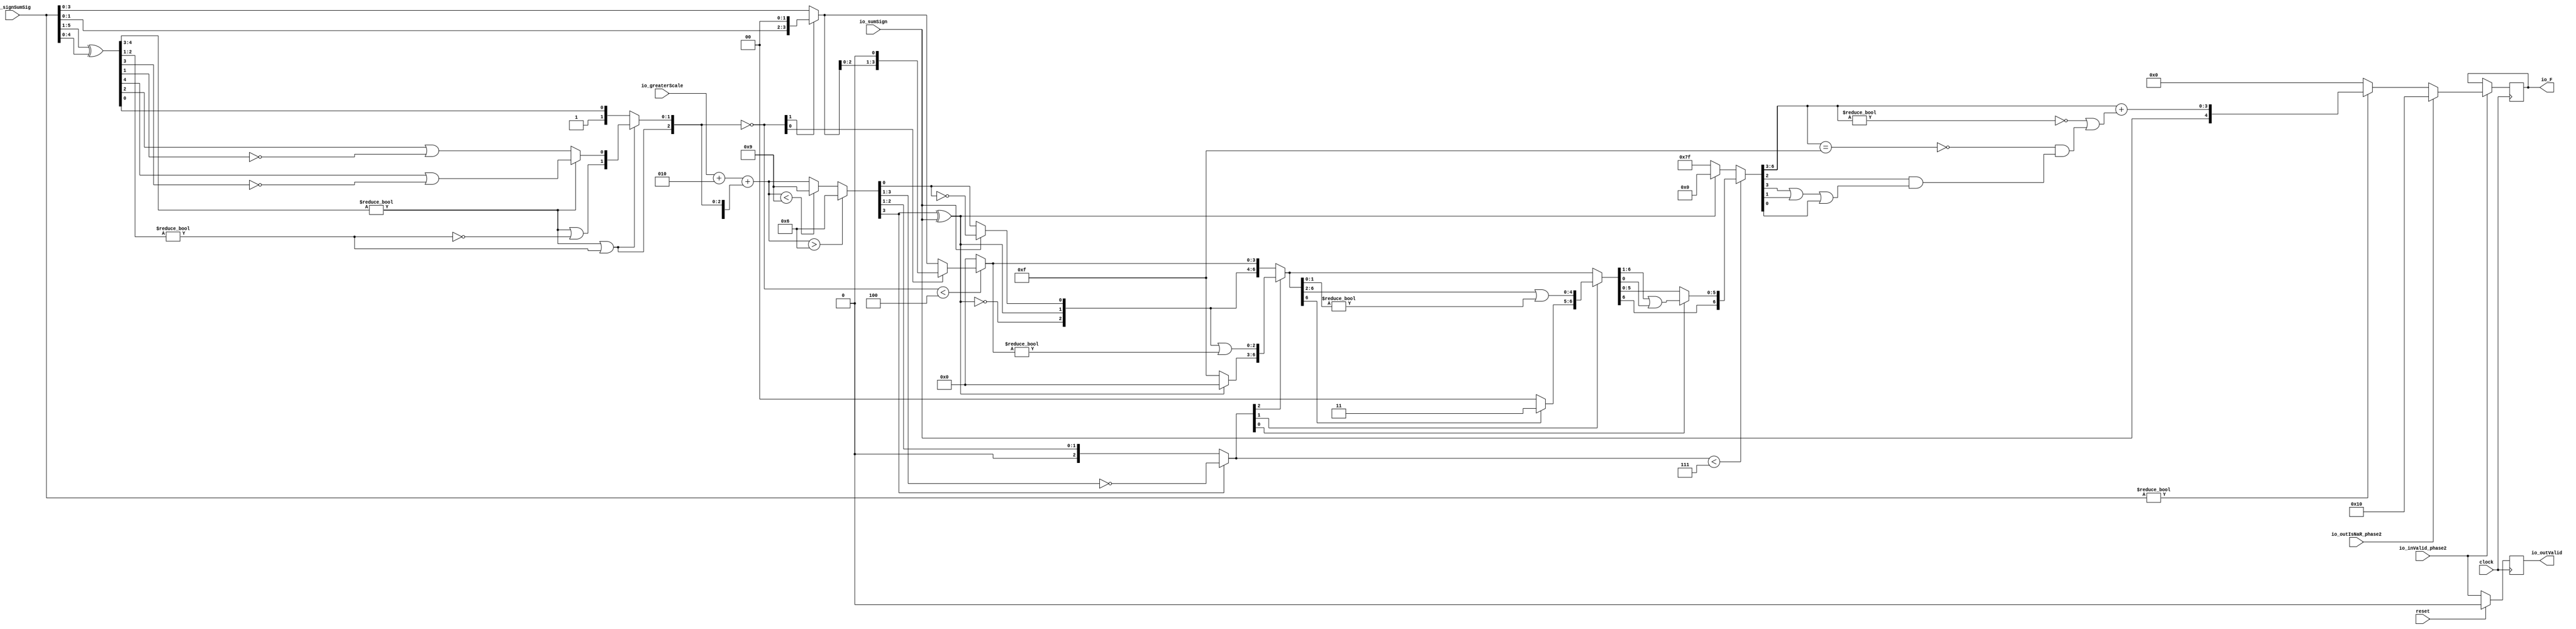
module FMAEnc5_1(
  input        clock,
  input        reset,
  input        io_inValid_phase2,
  input  [5:0] io_signSumSig,
  input        io_sumSign,
  input  [3:0] io_greaterScale,
  input        io_outIsNaR_phase2,
  output [4:0] io_F,
  output       io_outValid
);
  wire [4:0] _T; // @[FMAEnc.scala 35:36]
  wire [4:0] _T_1; // @[FMAEnc.scala 35:74]
  wire [4:0] sumXor; // @[FMAEnc.scala 35:54]
  wire [3:0] _T_2; // @[LZD.scala 43:32]
  wire [1:0] _T_3; // @[LZD.scala 43:32]
  wire  _T_4; // @[LZD.scala 39:14]
  wire  _T_5; // @[LZD.scala 39:21]
  wire  _T_6; // @[LZD.scala 39:30]
  wire  _T_7; // @[LZD.scala 39:27]
  wire  _T_8; // @[LZD.scala 39:25]
  wire [1:0] _T_9; // @[Cat.scala 29:58]
  wire [1:0] _T_10; // @[LZD.scala 44:32]
  wire  _T_11; // @[LZD.scala 39:14]
  wire  _T_12; // @[LZD.scala 39:21]
  wire  _T_13; // @[LZD.scala 39:30]
  wire  _T_14; // @[LZD.scala 39:27]
  wire  _T_15; // @[LZD.scala 39:25]
  wire [1:0] _T_16; // @[Cat.scala 29:58]
  wire  _T_17; // @[Shift.scala 12:21]
  wire  _T_18; // @[Shift.scala 12:21]
  wire  _T_19; // @[LZD.scala 49:16]
  wire  _T_20; // @[LZD.scala 49:27]
  wire  _T_21; // @[LZD.scala 49:25]
  wire  _T_22; // @[LZD.scala 49:47]
  wire  _T_23; // @[LZD.scala 49:59]
  wire  _T_24; // @[LZD.scala 49:35]
  wire [2:0] _T_26; // @[Cat.scala 29:58]
  wire  _T_27; // @[LZD.scala 44:32]
  wire  _T_29; // @[Shift.scala 12:21]
  wire [1:0] _T_31; // @[Cat.scala 29:58]
  wire [1:0] _T_32; // @[LZD.scala 55:32]
  wire [1:0] _T_33; // @[LZD.scala 55:20]
  wire [2:0] sumLZD; // @[Cat.scala 29:58]
  wire [2:0] shiftValue; // @[FMAEnc.scala 37:24]
  wire [3:0] _T_34; // @[FMAEnc.scala 38:41]
  wire  _T_35; // @[Shift.scala 16:24]
  wire [1:0] _T_36; // @[Shift.scala 17:37]
  wire  _T_37; // @[Shift.scala 12:21]
  wire [1:0] _T_38; // @[Shift.scala 64:52]
  wire [3:0] _T_40; // @[Cat.scala 29:58]
  wire [3:0] _T_41; // @[Shift.scala 64:27]
  wire  _T_42; // @[Shift.scala 66:70]
  wire [2:0] _T_44; // @[Shift.scala 64:52]
  wire [3:0] _T_45; // @[Cat.scala 29:58]
  wire [3:0] _T_46; // @[Shift.scala 64:27]
  wire [3:0] normalFracTmp; // @[Shift.scala 16:10]
  wire [3:0] _T_48; // @[FMAEnc.scala 41:39]
  wire [3:0] _T_49; // @[FMAEnc.scala 41:39]
  wire [3:0] _T_50; // @[Cat.scala 29:58]
  wire [3:0] _T_51; // @[FMAEnc.scala 41:64]
  wire [3:0] _T_53; // @[FMAEnc.scala 41:45]
  wire [3:0] sumScale; // @[FMAEnc.scala 41:45]
  wire  sumFrac; // @[FMAEnc.scala 42:41]
  wire [2:0] grsTmp; // @[FMAEnc.scala 45:41]
  wire [1:0] _T_54; // @[FMAEnc.scala 48:40]
  wire  _T_55; // @[FMAEnc.scala 48:56]
  wire  underflow; // @[FMAEnc.scala 55:32]
  wire  overflow; // @[FMAEnc.scala 56:32]
  wire  _T_57; // @[FMAEnc.scala 65:35]
  wire  decF_isZero; // @[FMAEnc.scala 65:20]
  wire [3:0] _T_59; // @[Mux.scala 87:16]
  wire [3:0] decF_scale; // @[Mux.scala 87:16]
  wire  _T_61; // @[convert.scala 46:61]
  wire  _T_62; // @[convert.scala 46:52]
  wire  _T_64; // @[convert.scala 46:42]
  wire [2:0] _T_65; // @[convert.scala 48:34]
  wire  _T_66; // @[convert.scala 49:36]
  wire [2:0] _T_68; // @[convert.scala 50:36]
  wire [2:0] _T_69; // @[convert.scala 50:36]
  wire [2:0] _T_70; // @[convert.scala 50:28]
  wire  _T_71; // @[convert.scala 51:31]
  wire  _T_72; // @[convert.scala 52:43]
  wire [6:0] _T_76; // @[Cat.scala 29:58]
  wire [2:0] _T_77; // @[Shift.scala 39:17]
  wire  _T_78; // @[Shift.scala 39:24]
  wire [2:0] _T_80; // @[Shift.scala 90:30]
  wire [3:0] _T_81; // @[Shift.scala 90:48]
  wire  _T_82; // @[Shift.scala 90:57]
  wire [2:0] _GEN_2; // @[Shift.scala 90:39]
  wire [2:0] _T_83; // @[Shift.scala 90:39]
  wire  _T_84; // @[Shift.scala 12:21]
  wire  _T_85; // @[Shift.scala 12:21]
  wire [3:0] _T_87; // @[Bitwise.scala 71:12]
  wire [6:0] _T_88; // @[Cat.scala 29:58]
  wire [6:0] _T_89; // @[Shift.scala 91:22]
  wire [1:0] _T_90; // @[Shift.scala 92:77]
  wire [4:0] _T_91; // @[Shift.scala 90:30]
  wire [1:0] _T_92; // @[Shift.scala 90:48]
  wire  _T_93; // @[Shift.scala 90:57]
  wire [4:0] _GEN_3; // @[Shift.scala 90:39]
  wire [4:0] _T_94; // @[Shift.scala 90:39]
  wire  _T_95; // @[Shift.scala 12:21]
  wire  _T_96; // @[Shift.scala 12:21]
  wire [1:0] _T_98; // @[Bitwise.scala 71:12]
  wire [6:0] _T_99; // @[Cat.scala 29:58]
  wire [6:0] _T_100; // @[Shift.scala 91:22]
  wire  _T_101; // @[Shift.scala 92:77]
  wire [5:0] _T_102; // @[Shift.scala 90:30]
  wire  _T_103; // @[Shift.scala 90:48]
  wire [5:0] _GEN_4; // @[Shift.scala 90:39]
  wire [5:0] _T_105; // @[Shift.scala 90:39]
  wire  _T_107; // @[Shift.scala 12:21]
  wire [6:0] _T_108; // @[Cat.scala 29:58]
  wire [6:0] _T_109; // @[Shift.scala 91:22]
  wire [6:0] _T_112; // @[Bitwise.scala 71:12]
  wire [6:0] _T_113; // @[Shift.scala 39:10]
  wire  _T_114; // @[convert.scala 55:31]
  wire  _T_115; // @[convert.scala 56:31]
  wire  _T_116; // @[convert.scala 57:31]
  wire  _T_117; // @[convert.scala 58:31]
  wire [3:0] _T_118; // @[convert.scala 59:69]
  wire  _T_119; // @[convert.scala 59:81]
  wire  _T_120; // @[convert.scala 59:50]
  wire  _T_122; // @[convert.scala 60:81]
  wire  _T_123; // @[convert.scala 61:44]
  wire  _T_124; // @[convert.scala 61:52]
  wire  _T_125; // @[convert.scala 61:36]
  wire  _T_126; // @[convert.scala 62:63]
  wire  _T_127; // @[convert.scala 62:103]
  wire  _T_128; // @[convert.scala 62:60]
  wire [3:0] _GEN_5; // @[convert.scala 63:56]
  wire [3:0] _T_131; // @[convert.scala 63:56]
  wire [4:0] _T_132; // @[Cat.scala 29:58]
  reg  _T_136; // @[Valid.scala 117:22]
  reg [31:0] _RAND_0;
  reg [4:0] _T_140; // @[Reg.scala 15:16]
  reg [31:0] _RAND_1;
  assign _T = io_signSumSig[5:1]; // @[FMAEnc.scala 35:36]
  assign _T_1 = io_signSumSig[4:0]; // @[FMAEnc.scala 35:74]
  assign sumXor = _T ^ _T_1; // @[FMAEnc.scala 35:54]
  assign _T_2 = sumXor[4:1]; // @[LZD.scala 43:32]
  assign _T_3 = _T_2[3:2]; // @[LZD.scala 43:32]
  assign _T_4 = _T_3 != 2'h0; // @[LZD.scala 39:14]
  assign _T_5 = _T_3[1]; // @[LZD.scala 39:21]
  assign _T_6 = _T_3[0]; // @[LZD.scala 39:30]
  assign _T_7 = ~ _T_6; // @[LZD.scala 39:27]
  assign _T_8 = _T_5 | _T_7; // @[LZD.scala 39:25]
  assign _T_9 = {_T_4,_T_8}; // @[Cat.scala 29:58]
  assign _T_10 = _T_2[1:0]; // @[LZD.scala 44:32]
  assign _T_11 = _T_10 != 2'h0; // @[LZD.scala 39:14]
  assign _T_12 = _T_10[1]; // @[LZD.scala 39:21]
  assign _T_13 = _T_10[0]; // @[LZD.scala 39:30]
  assign _T_14 = ~ _T_13; // @[LZD.scala 39:27]
  assign _T_15 = _T_12 | _T_14; // @[LZD.scala 39:25]
  assign _T_16 = {_T_11,_T_15}; // @[Cat.scala 29:58]
  assign _T_17 = _T_9[1]; // @[Shift.scala 12:21]
  assign _T_18 = _T_16[1]; // @[Shift.scala 12:21]
  assign _T_19 = _T_17 | _T_18; // @[LZD.scala 49:16]
  assign _T_20 = ~ _T_18; // @[LZD.scala 49:27]
  assign _T_21 = _T_17 | _T_20; // @[LZD.scala 49:25]
  assign _T_22 = _T_9[0:0]; // @[LZD.scala 49:47]
  assign _T_23 = _T_16[0:0]; // @[LZD.scala 49:59]
  assign _T_24 = _T_17 ? _T_22 : _T_23; // @[LZD.scala 49:35]
  assign _T_26 = {_T_19,_T_21,_T_24}; // @[Cat.scala 29:58]
  assign _T_27 = sumXor[0:0]; // @[LZD.scala 44:32]
  assign _T_29 = _T_26[2]; // @[Shift.scala 12:21]
  assign _T_31 = {1'h1,_T_27}; // @[Cat.scala 29:58]
  assign _T_32 = _T_26[1:0]; // @[LZD.scala 55:32]
  assign _T_33 = _T_29 ? _T_32 : _T_31; // @[LZD.scala 55:20]
  assign sumLZD = {_T_29,_T_33}; // @[Cat.scala 29:58]
  assign shiftValue = ~ sumLZD; // @[FMAEnc.scala 37:24]
  assign _T_34 = io_signSumSig[3:0]; // @[FMAEnc.scala 38:41]
  assign _T_35 = shiftValue < 3'h4; // @[Shift.scala 16:24]
  assign _T_36 = shiftValue[1:0]; // @[Shift.scala 17:37]
  assign _T_37 = _T_36[1]; // @[Shift.scala 12:21]
  assign _T_38 = _T_34[1:0]; // @[Shift.scala 64:52]
  assign _T_40 = {_T_38,2'h0}; // @[Cat.scala 29:58]
  assign _T_41 = _T_37 ? _T_40 : _T_34; // @[Shift.scala 64:27]
  assign _T_42 = _T_36[0:0]; // @[Shift.scala 66:70]
  assign _T_44 = _T_41[2:0]; // @[Shift.scala 64:52]
  assign _T_45 = {_T_44,1'h0}; // @[Cat.scala 29:58]
  assign _T_46 = _T_42 ? _T_45 : _T_41; // @[Shift.scala 64:27]
  assign normalFracTmp = _T_35 ? _T_46 : 4'h0; // @[Shift.scala 16:10]
  assign _T_48 = $signed(io_greaterScale) + $signed(4'sh2); // @[FMAEnc.scala 41:39]
  assign _T_49 = $signed(_T_48); // @[FMAEnc.scala 41:39]
  assign _T_50 = {1'h1,_T_29,_T_33}; // @[Cat.scala 29:58]
  assign _T_51 = $signed(_T_50); // @[FMAEnc.scala 41:64]
  assign _T_53 = $signed(_T_49) + $signed(_T_51); // @[FMAEnc.scala 41:45]
  assign sumScale = $signed(_T_53); // @[FMAEnc.scala 41:45]
  assign sumFrac = normalFracTmp[3:3]; // @[FMAEnc.scala 42:41]
  assign grsTmp = normalFracTmp[2:0]; // @[FMAEnc.scala 45:41]
  assign _T_54 = grsTmp[2:1]; // @[FMAEnc.scala 48:40]
  assign _T_55 = grsTmp[0:0]; // @[FMAEnc.scala 48:56]
  assign underflow = $signed(sumScale) < $signed(-4'sh7); // @[FMAEnc.scala 55:32]
  assign overflow = $signed(sumScale) > $signed(4'sh6); // @[FMAEnc.scala 56:32]
  assign _T_57 = io_signSumSig != 6'h0; // @[FMAEnc.scala 65:35]
  assign decF_isZero = ~ _T_57; // @[FMAEnc.scala 65:20]
  assign _T_59 = underflow ? $signed(-4'sh7) : $signed(sumScale); // @[Mux.scala 87:16]
  assign decF_scale = overflow ? $signed(4'sh6) : $signed(_T_59); // @[Mux.scala 87:16]
  assign _T_61 = decF_scale[0]; // @[convert.scala 46:61]
  assign _T_62 = ~ _T_61; // @[convert.scala 46:52]
  assign _T_64 = io_sumSign ? _T_62 : _T_61; // @[convert.scala 46:42]
  assign _T_65 = decF_scale[3:1]; // @[convert.scala 48:34]
  assign _T_66 = _T_65[2:2]; // @[convert.scala 49:36]
  assign _T_68 = ~ _T_65; // @[convert.scala 50:36]
  assign _T_69 = $signed(_T_68); // @[convert.scala 50:36]
  assign _T_70 = _T_66 ? $signed(_T_69) : $signed(_T_65); // @[convert.scala 50:28]
  assign _T_71 = _T_66 ^ io_sumSign; // @[convert.scala 51:31]
  assign _T_72 = ~ _T_71; // @[convert.scala 52:43]
  assign _T_76 = {_T_72,_T_71,_T_64,sumFrac,_T_54,_T_55}; // @[Cat.scala 29:58]
  assign _T_77 = $unsigned(_T_70); // @[Shift.scala 39:17]
  assign _T_78 = _T_77 < 3'h7; // @[Shift.scala 39:24]
  assign _T_80 = _T_76[6:4]; // @[Shift.scala 90:30]
  assign _T_81 = _T_76[3:0]; // @[Shift.scala 90:48]
  assign _T_82 = _T_81 != 4'h0; // @[Shift.scala 90:57]
  assign _GEN_2 = {{2'd0}, _T_82}; // @[Shift.scala 90:39]
  assign _T_83 = _T_80 | _GEN_2; // @[Shift.scala 90:39]
  assign _T_84 = _T_77[2]; // @[Shift.scala 12:21]
  assign _T_85 = _T_76[6]; // @[Shift.scala 12:21]
  assign _T_87 = _T_85 ? 4'hf : 4'h0; // @[Bitwise.scala 71:12]
  assign _T_88 = {_T_87,_T_83}; // @[Cat.scala 29:58]
  assign _T_89 = _T_84 ? _T_88 : _T_76; // @[Shift.scala 91:22]
  assign _T_90 = _T_77[1:0]; // @[Shift.scala 92:77]
  assign _T_91 = _T_89[6:2]; // @[Shift.scala 90:30]
  assign _T_92 = _T_89[1:0]; // @[Shift.scala 90:48]
  assign _T_93 = _T_92 != 2'h0; // @[Shift.scala 90:57]
  assign _GEN_3 = {{4'd0}, _T_93}; // @[Shift.scala 90:39]
  assign _T_94 = _T_91 | _GEN_3; // @[Shift.scala 90:39]
  assign _T_95 = _T_90[1]; // @[Shift.scala 12:21]
  assign _T_96 = _T_89[6]; // @[Shift.scala 12:21]
  assign _T_98 = _T_96 ? 2'h3 : 2'h0; // @[Bitwise.scala 71:12]
  assign _T_99 = {_T_98,_T_94}; // @[Cat.scala 29:58]
  assign _T_100 = _T_95 ? _T_99 : _T_89; // @[Shift.scala 91:22]
  assign _T_101 = _T_90[0:0]; // @[Shift.scala 92:77]
  assign _T_102 = _T_100[6:1]; // @[Shift.scala 90:30]
  assign _T_103 = _T_100[0:0]; // @[Shift.scala 90:48]
  assign _GEN_4 = {{5'd0}, _T_103}; // @[Shift.scala 90:39]
  assign _T_105 = _T_102 | _GEN_4; // @[Shift.scala 90:39]
  assign _T_107 = _T_100[6]; // @[Shift.scala 12:21]
  assign _T_108 = {_T_107,_T_105}; // @[Cat.scala 29:58]
  assign _T_109 = _T_101 ? _T_108 : _T_100; // @[Shift.scala 91:22]
  assign _T_112 = _T_85 ? 7'h7f : 7'h0; // @[Bitwise.scala 71:12]
  assign _T_113 = _T_78 ? _T_109 : _T_112; // @[Shift.scala 39:10]
  assign _T_114 = _T_113[3]; // @[convert.scala 55:31]
  assign _T_115 = _T_113[2]; // @[convert.scala 56:31]
  assign _T_116 = _T_113[1]; // @[convert.scala 57:31]
  assign _T_117 = _T_113[0]; // @[convert.scala 58:31]
  assign _T_118 = _T_113[6:3]; // @[convert.scala 59:69]
  assign _T_119 = _T_118 != 4'h0; // @[convert.scala 59:81]
  assign _T_120 = ~ _T_119; // @[convert.scala 59:50]
  assign _T_122 = _T_118 == 4'hf; // @[convert.scala 60:81]
  assign _T_123 = _T_114 | _T_116; // @[convert.scala 61:44]
  assign _T_124 = _T_123 | _T_117; // @[convert.scala 61:52]
  assign _T_125 = _T_115 & _T_124; // @[convert.scala 61:36]
  assign _T_126 = ~ _T_122; // @[convert.scala 62:63]
  assign _T_127 = _T_126 & _T_125; // @[convert.scala 62:103]
  assign _T_128 = _T_120 | _T_127; // @[convert.scala 62:60]
  assign _GEN_5 = {{3'd0}, _T_128}; // @[convert.scala 63:56]
  assign _T_131 = _T_118 + _GEN_5; // @[convert.scala 63:56]
  assign _T_132 = {io_sumSign,_T_131}; // @[Cat.scala 29:58]
  assign io_F = _T_140; // @[FMAEnc.scala 85:15]
  assign io_outValid = _T_136; // @[FMAEnc.scala 84:15]
`ifdef RANDOMIZE_GARBAGE_ASSIGN
`define RANDOMIZE
`endif
`ifdef RANDOMIZE_INVALID_ASSIGN
`define RANDOMIZE
`endif
`ifdef RANDOMIZE_REG_INIT
`define RANDOMIZE
`endif
`ifdef RANDOMIZE_MEM_INIT
`define RANDOMIZE
`endif
`ifndef RANDOM
`define RANDOM $random
`endif
`ifdef RANDOMIZE_MEM_INIT
  integer initvar;
`endif
initial begin
  `ifdef RANDOMIZE
    `ifdef INIT_RANDOM
      `INIT_RANDOM
    `endif
    `ifndef VERILATOR
      `ifdef RANDOMIZE_DELAY
        #`RANDOMIZE_DELAY begin end
      `else
        #0.002 begin end
      `endif
    `endif
  `ifdef RANDOMIZE_REG_INIT
  _RAND_0 = {1{`RANDOM}};
  _T_136 = _RAND_0[0:0];
  `endif // RANDOMIZE_REG_INIT
  `ifdef RANDOMIZE_REG_INIT
  _RAND_1 = {1{`RANDOM}};
  _T_140 = _RAND_1[4:0];
  `endif // RANDOMIZE_REG_INIT
  `endif // RANDOMIZE
end
  always @(posedge clock) begin
    if (reset) begin
      _T_136 <= 1'h0;
    end else begin
      _T_136 <= io_inValid_phase2;
    end
    if (io_inValid_phase2) begin
      if (io_outIsNaR_phase2) begin
        _T_140 <= 5'h10;
      end else begin
        if (decF_isZero) begin
          _T_140 <= 5'h0;
        end else begin
          _T_140 <= _T_132;
        end
      end
    end
  end
endmodule